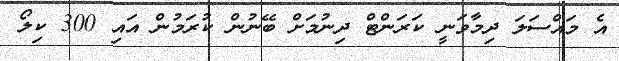
އެ މައްސަލަ ދިމާވަނީ ކަރަންޓް ދިނުމަށް ބޭނުން ކުރަމުން އައި 300 ކިލޯ